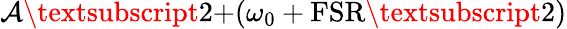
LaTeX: \mathcal{A}\textsubscript{2+}(\omega_{0}+\textrm{{FSR\textsubscript{2}}})